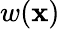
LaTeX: w(\mathbf{x})